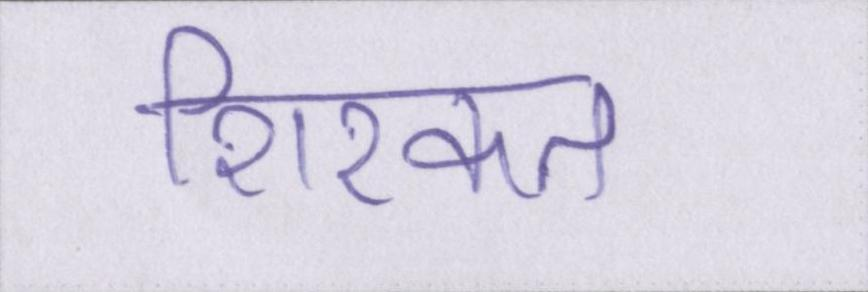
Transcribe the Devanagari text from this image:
शिरकत